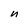
Character: n